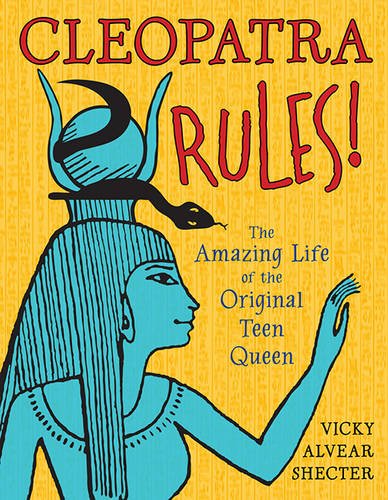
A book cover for Cleopatra Rules!: The Amazing Life of the Original Teen Queen; Vicky Alvear Shecter; Children's Books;